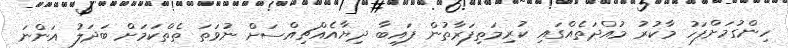
ހިންގުމަށްފަހު މާކުރު މުއްދަތެއްގައި ކުރިމަތިފަރާތުން ފައިބާ ދިޔާއެއްޗިއްސަށް ނުވަތަ ތެތްކަމަށް ބަދަލު އަންނަ